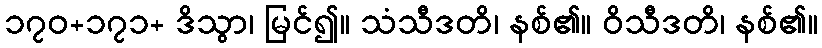
၁၇၀+၁၇၁+ ဒိသွာ၊ မြင်၍။ သံသီဒတိ၊ နစ်၏။ ဝိသီဒတိ၊ နစ်၏။